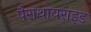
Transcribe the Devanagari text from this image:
पैराथायराइड